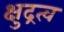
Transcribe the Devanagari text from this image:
क्षुद्रत्व